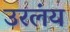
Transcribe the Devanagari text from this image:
उरलंय